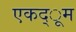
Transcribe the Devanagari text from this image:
एकद्ूम